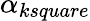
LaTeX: \alpha_{ksquare}